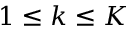
1 \le k \le K